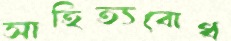
সাহিত্যবোধ